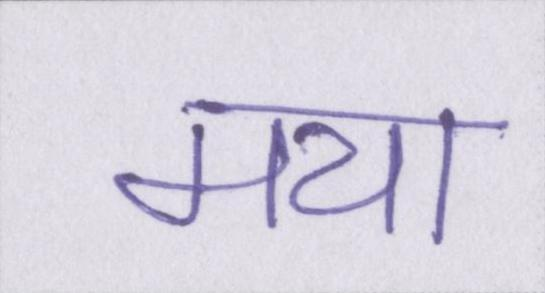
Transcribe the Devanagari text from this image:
मया